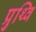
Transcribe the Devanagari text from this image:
प्रुथ्वि